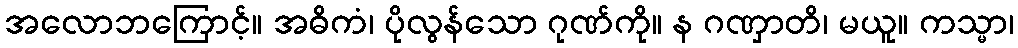
အလောဘကြောင့်။ အဓိကံ၊ ပိုလွန်သော ဂုဏ်ကို။ န ဂဏှာတိ၊ မယူ။ ကသ္မာ၊